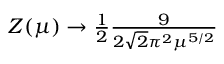
\begin{array} { r } { Z ( \mu ) \to \frac { 1 } { 2 } \frac { 9 } { 2 \sqrt { 2 } \pi ^ { 2 } \mu ^ { 5 / 2 } } } \end{array}